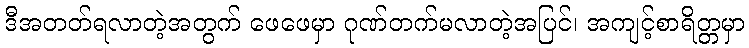
ဒီအတတ်ရလာတဲ့အတွက် ဖေဖေမှာ ဂုဏ်တက်မလာတဲ့အပြင်၊ အကျင့်စာရိတ္တမှာ